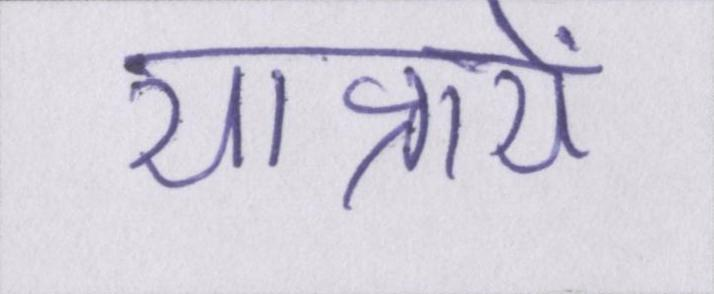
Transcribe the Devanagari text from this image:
यात्रायें